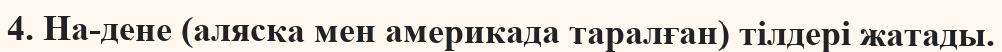
4. На-дене (аляска мен америкада таралған) тілдері жатады.